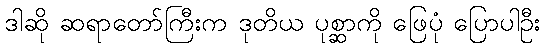
ဒါဆို ဆရာတော်ကြီးက ဒုတိယ ပုစ္ဆာကို ဖြေပုံ ပြောပါဦး